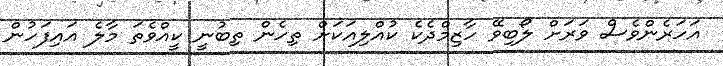
އަހަރެންވެސް ވަރަށް ލޯބިވޭ ހާޒިމްދެކެ ކުއްލިއަކަށް ތިހެން ތިބުނީ ކީއްވެތަ މާލެ އައިފަހުން